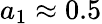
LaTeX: a_{1}\approx 0.5